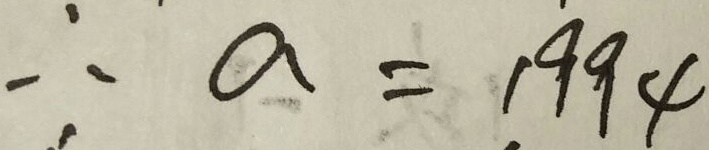
\therefore a = 1 9 9 4